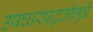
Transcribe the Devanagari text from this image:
उपचारपद्धतीमुळे